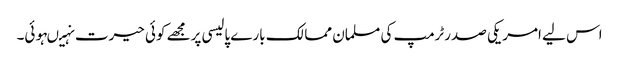
اس لیے امریکی صدرٹرمپ کی مسلمان ممالک بارے پالیسی پرمجھے کوئی حیرت نہیںہوئی۔